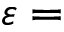
\varepsilon =